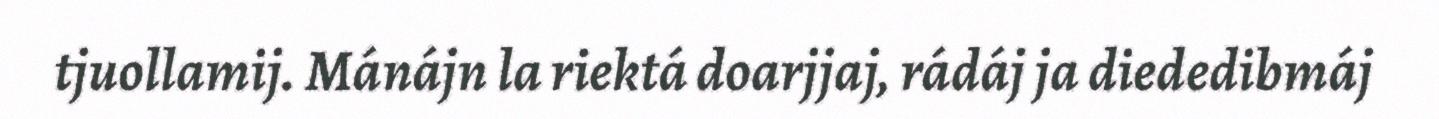
tjuollamij. Mánájn la riektá doarjjaj, rádáj ja diededibmáj